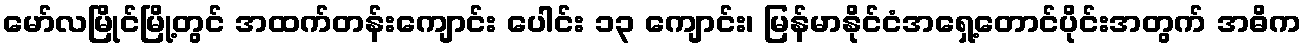
မော်လမြိုင်မြို့တွင် အထက်တန်းကျောင်း ပေါင်း ၁၃ ကျောင်း၊ မြန်မာနိုင်ငံအရှေ့တောင်ပိုင်းအတွက် အဓိက